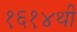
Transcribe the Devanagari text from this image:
१६१४थी